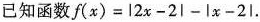
已知函数f(x)=l2x-2l-|x-2I.